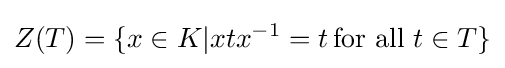
Z(T)=\{x\in K|xtx^{-1}=t\,{\text{for all }}t\in T\}